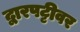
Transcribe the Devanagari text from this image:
द्वारपट्टीवर